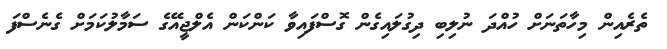
ތެރެއިން މިހާތަނަށް ހުއްދަ ނުލިބި ދިގުލައިގެން ގޮސްފައިވާ ކަންކަން އެލްޖީއޭގެ ސަމާލުކަމަށް ގެނެސްފަ